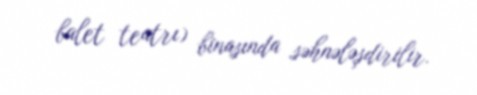
balet teatrı) binasında səhnələşdirilir.